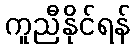
ကူညီနိုင်ရန်